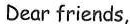
Dear friends,